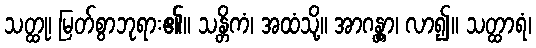
သတ္ထု၊ မြတ်စွာဘုရား၏။ သန္တိကံ၊ အထံသို့။ အာဂန္တွာ၊ လာ၍။ သတ္ထာရံ၊